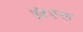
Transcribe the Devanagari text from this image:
पोटभऱ्या